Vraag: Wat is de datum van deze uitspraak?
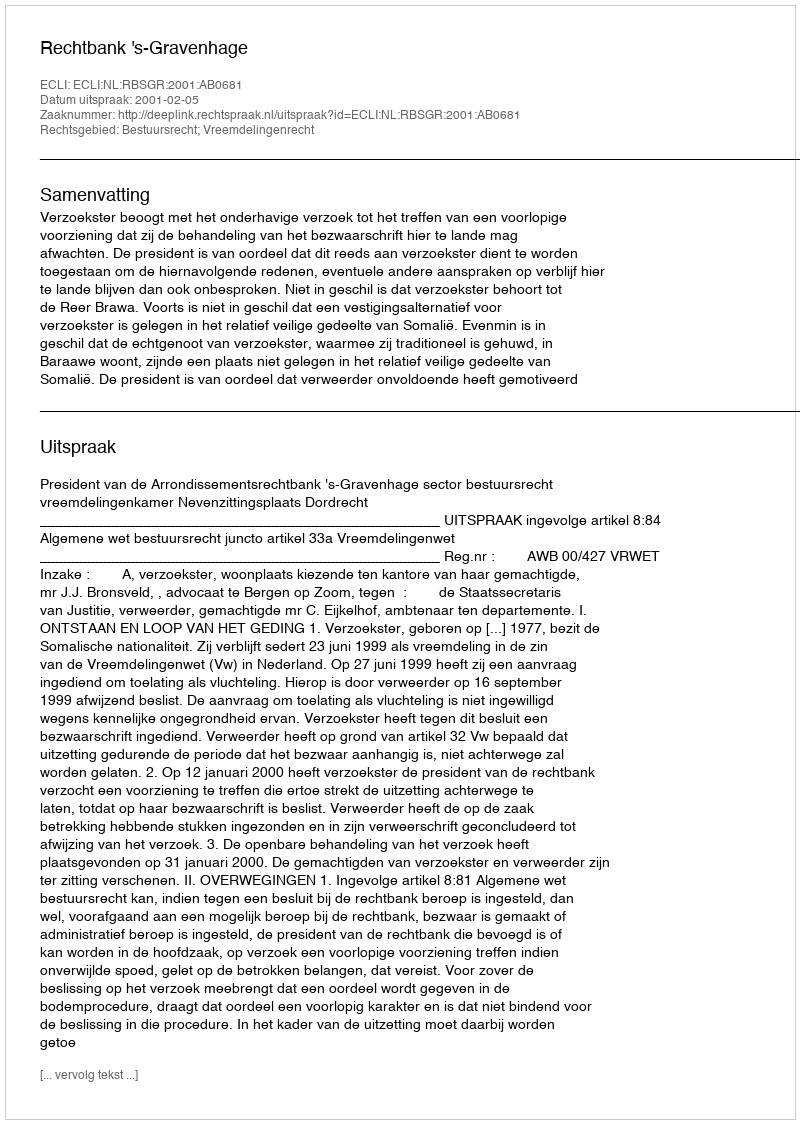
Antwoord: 2001-02-05